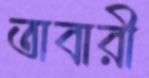
তাবারী